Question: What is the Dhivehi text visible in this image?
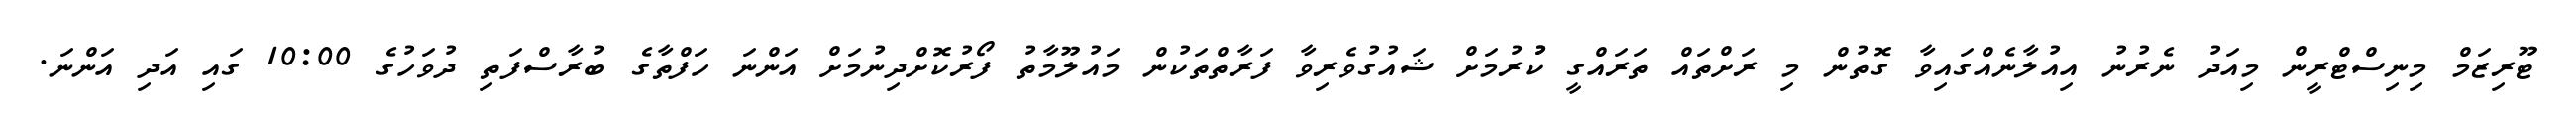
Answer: ޓޫރިޒަމް މިނިސްޓްރީން މިއަދު ނެރުނު އިއުލާނެއްގައިވާ ގޮތުން މި ރަށްތައް ތަރައްގީ ކުުރުމަށް ޝައުގުވެރިވާ ފަރާތްތަކުން މައުލޫމާތު ފޯރުކޮށްދިނުމަށް އަންނަ ހަފްތާގެ ބުރާސްފަތި ދުވަހުގެ 10:00 ގައި އަދި އަންނަ.